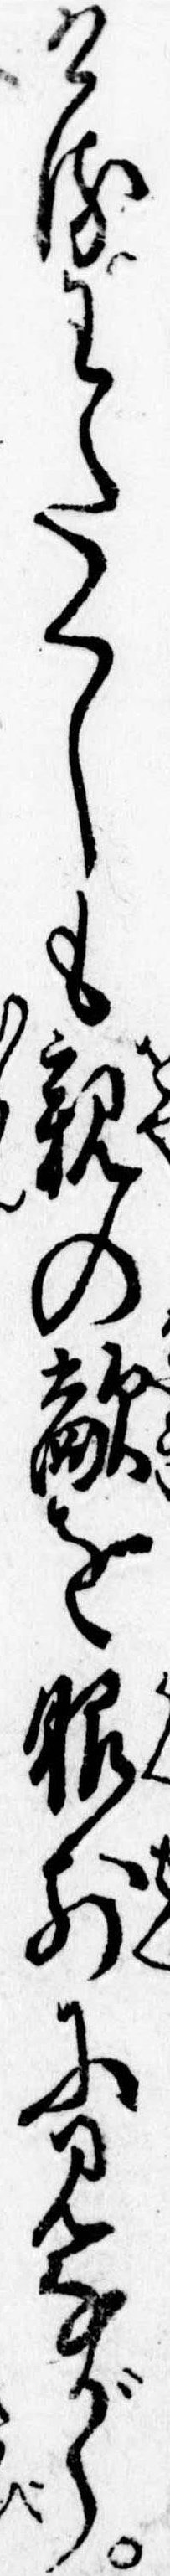
けるわたくしも親の敵を眼前に見ながら